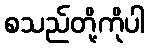
စသည်တို့ကိုပါ